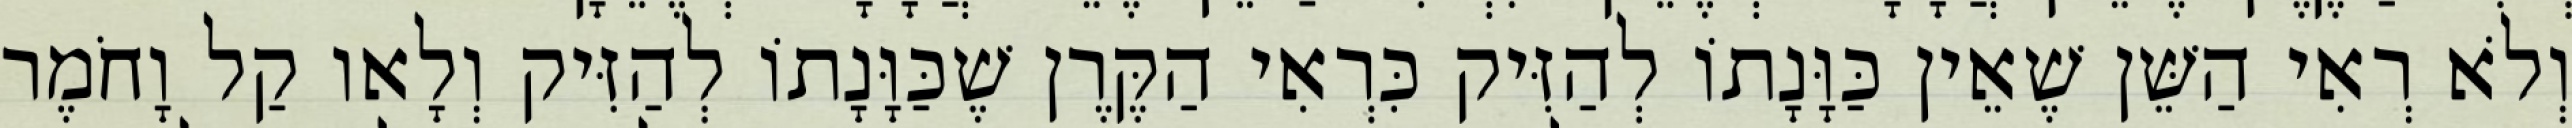
וְלֹא רְאִי הַשֵּׁן שֶׁאֵין כַּוָּנָתוֹ לְהַזִּיק כִּרְאִי הַקֶּרֶן שֶׁכַּוָּנָתוֹ לְהַזִּיק וְלָאו קַל וָחֹמֶר